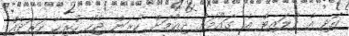
އަދި އެ ފްލައިޓް އެ ގައުމަށް ދިއުމަށް ކުރަން ޖެހޭ ހުރިހާ ހަރަދެއް